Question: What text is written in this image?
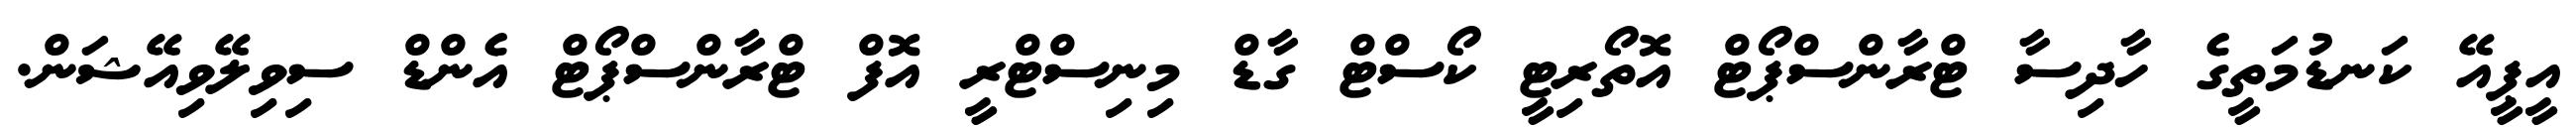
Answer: އީޕީއޭ ކަނޑުމަތީގެ ހާދިސާ ޓްރާންސްޕޯޓް އޮތޯރިޓީ ކޯސްޓް ގާޑް މިނިސްޓްރީ އޮފް ޓްރާންސްޕޯޓް އެންޑް ސިވިލޭވިއޭޝަން.